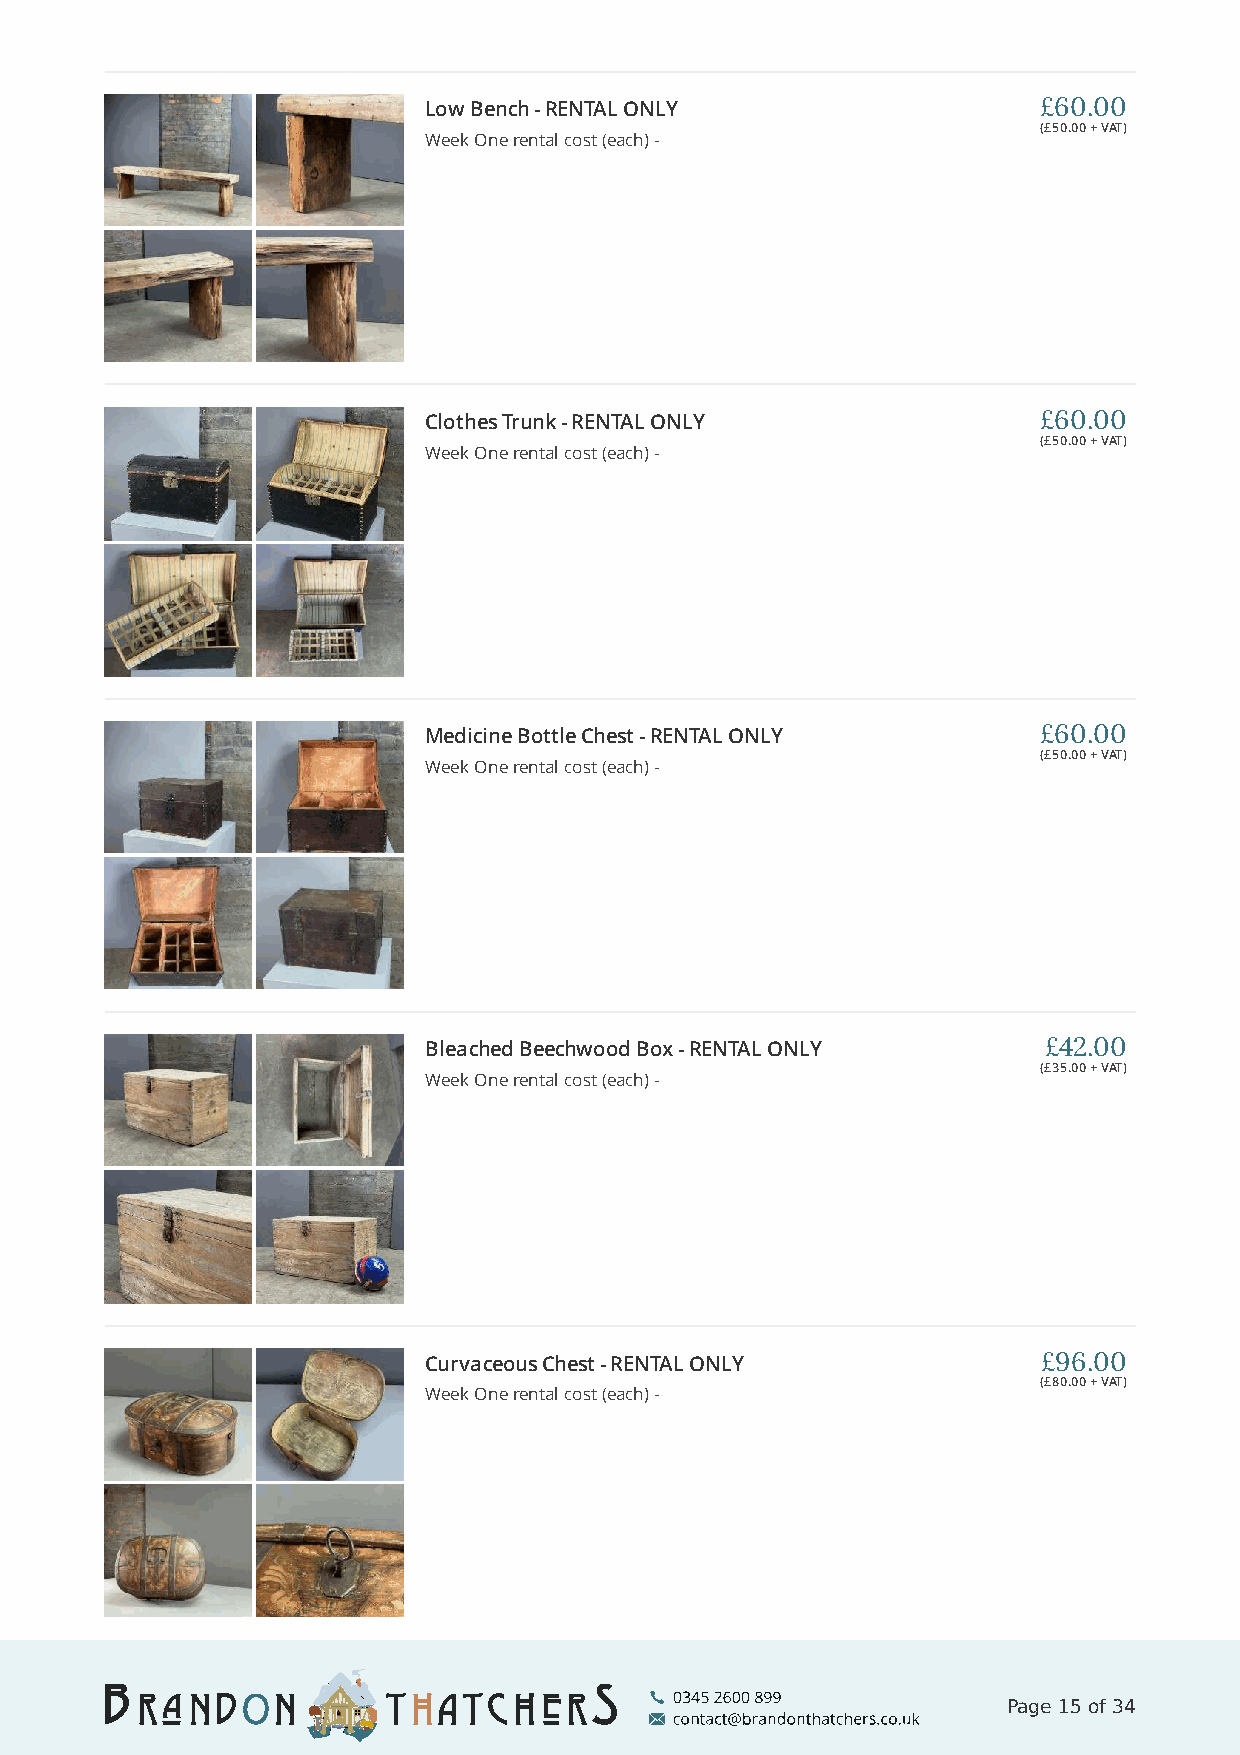
Low Bench - RENTAL ONLY                  £60.00
 (£50.00 + VAT)
 Week One rental cost (each) -
 Clothes Trunk - RENTAL ONLY              £60.00
 (£50.00 + VAT)
 Week One rental cost (each) -
 Medicine Bottle Chest - RENTAL ONLY      £60.00
 (£50.00 + VAT)
 Week One rental cost (each) -
 Bleached Beechwood Box - RENTAL ONLY     £42.00
 (£35.00 + VAT)
 Week One rental cost (each) -
 Curvaceous Chest - RENTAL ONLY           £96.00
 (£80.00 + VAT)
 Week One rental cost (each) -
 Page 15 of 34